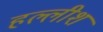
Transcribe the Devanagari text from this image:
हल्लीश